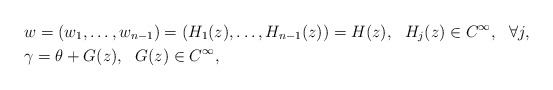
\begin{align*}&w=(w_1,\ldots,w_{n-1})=(H_1(z),\ldots,H_{n-1}(z))=H(z),\ \ H_j(z)\in C^\infty,\ \ \forall j,\\&\gamma=\theta+G(z),\ \ G(z)\in C^\infty,\end{align*}